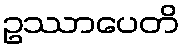
ဥဿာပေတိ